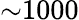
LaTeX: \mathord{\sim}1000